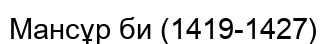
Мансұр би (1419-1427)